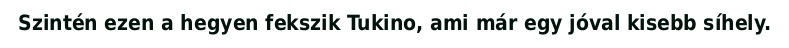
Szintén ezen a hegyen fekszik Tukino, ami már egy jóval kisebb síhely.